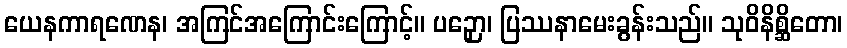
ယေနကာရဏေန၊ အကြင်အကြောင်းကြောင့်။ ပဉှော၊ ပြဿနာမေးခွန်းသည်။ သုဝိနိစ္ဆိတော၊